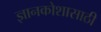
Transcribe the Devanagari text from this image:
ज्ञानकोशासाठी